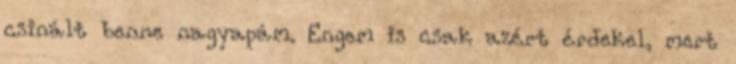
csinált benne nagyapám. Engem is csak azért érdekel, mert